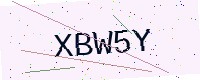
Text: XBW5Y